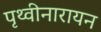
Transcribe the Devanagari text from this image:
पृथ्वीनारायन